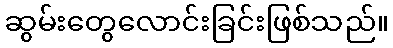
ဆွမ်းတွေလောင်းခြင်းဖြစ်သည်။